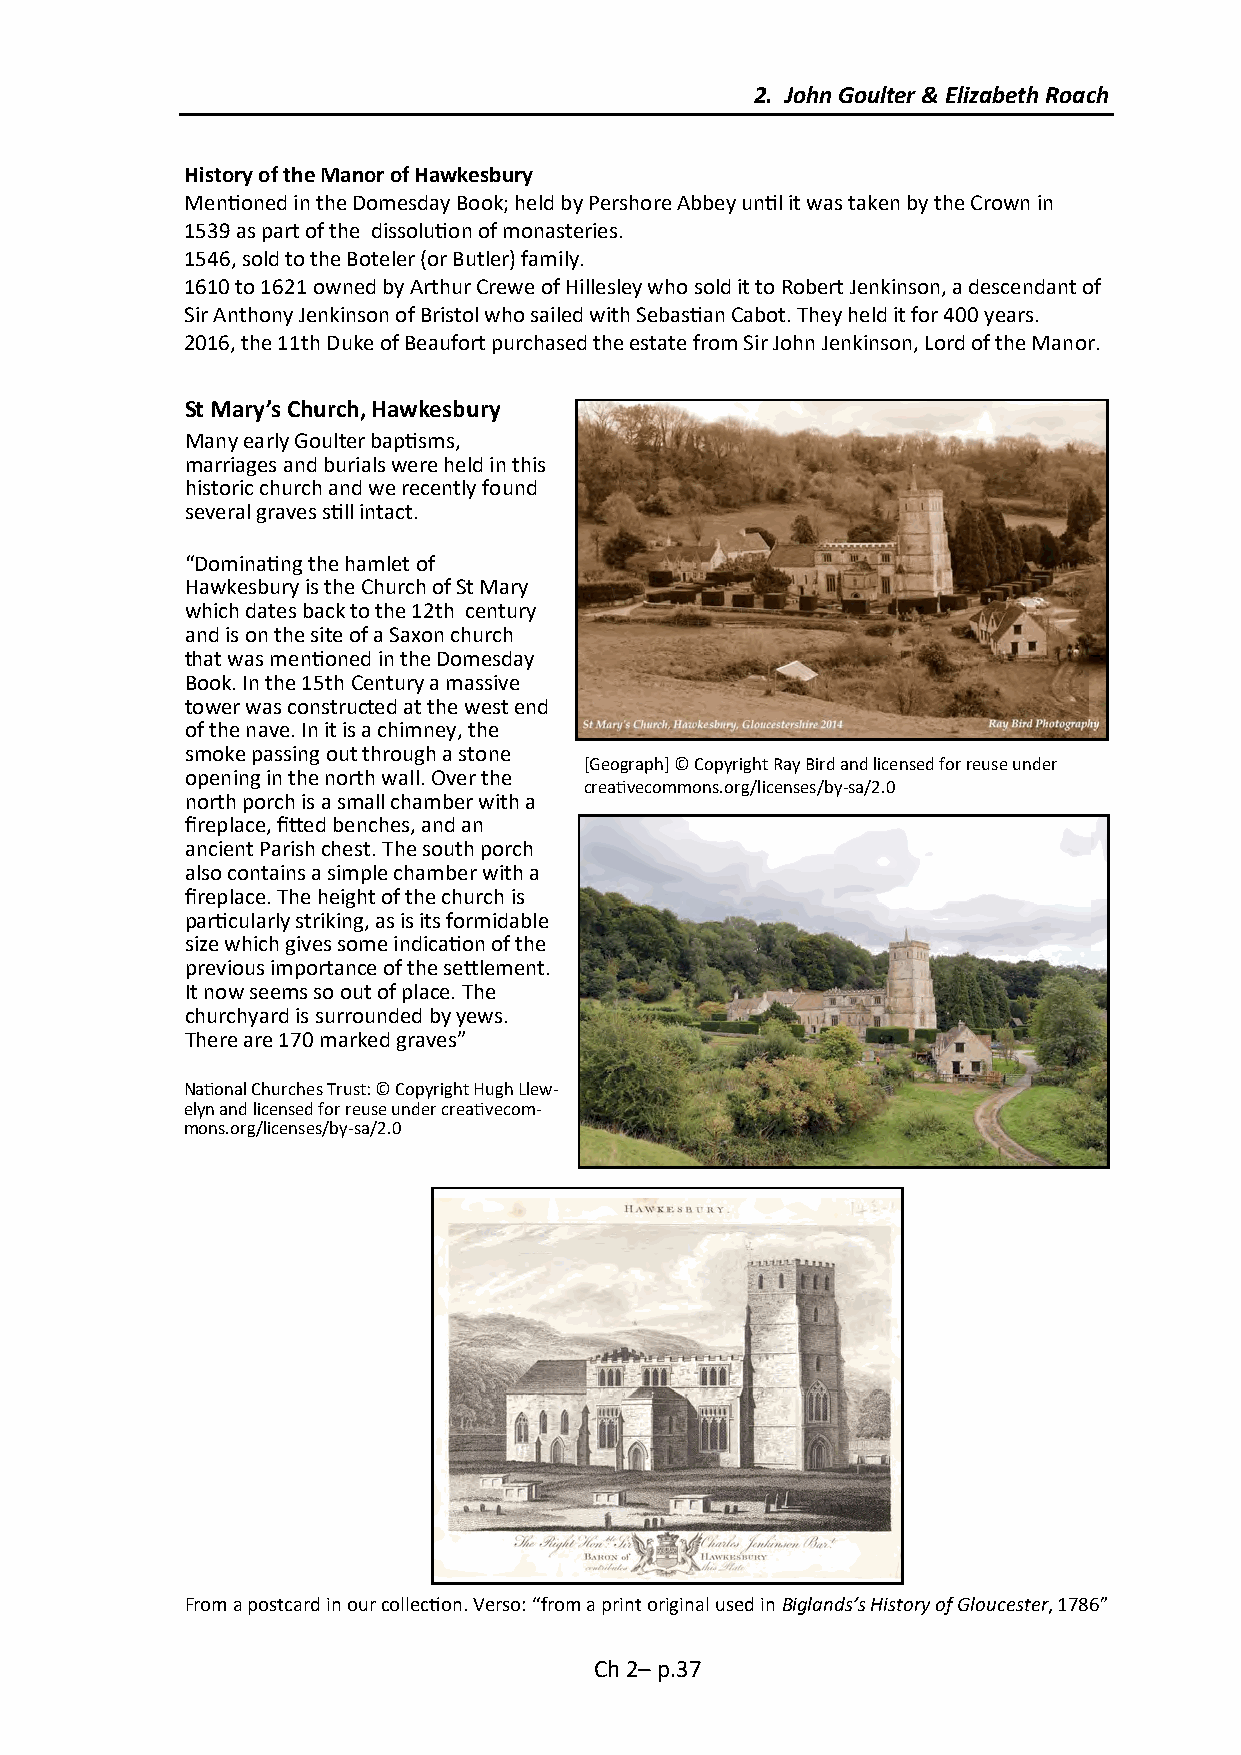
2. John Goulter & Elizabeth Roach
 History of the Manor of Hawkesbury
 Mentioned in the Domesday Book; held by Pershore Abbey until it was taken by the Crown in
 1539 as part of the dissolution of monasteries.
 1546, sold to the Boteler (or Butler) family.
 1610 to 1621 owned by Arthur Crewe of Hillesley who sold it to Robert Jenkinson, a descendant of
 Sir Anthony Jenkinson of Bristol who sailed with Sebastian Cabot. They held it for 400 years.
 2016, the 11th Duke of Beaufort purchased the estate from Sir John Jenkinson, Lord of the Manor.
 St Mary’s Church, Hawkesbury
 Many early Goulter baptisms,
 marriages and burials were held in this
 historic church and we recently found
 several graves still intact.
 “Dominating the hamlet of
 Hawkesbury is the Church of St Mary
 which dates back to the 12th century
 and is on the site of a Saxon church
 that was mentioned in the Domesday
 Book. In the 15th Century a massive
 tower was constructed at the west end
 of the nave. In it is a chimney, the
 smoke passing out through a stone
 [Geograph] © Copyright Ray Bird and licensed for reuse under
 opening in the north wall. Over the
 creativecommons.org/licenses/by-sa/2.0
 north porch is a small chamber with a
 fireplace, fitted benches, and an
 ancient Parish chest. The south porch
 also contains a simple chamber with a
 fireplace. The height of the church is
 particularly striking, as is its formidable
 size which gives some indication of the
 previous importance of the settlement.
 It now seems so out of place. The
 churchyard is surrounded by yews.
 There are 170 marked graves”
 National Churches Trust: © Copyright Hugh Llew-
 elyn and licensed for reuse under creativecom-
 mons.org/licenses/by-sa/2.0
 From a postcard in our collection. Verso: “from a print original used in Biglands’s History of Gloucester, 1786”
 Ch 2– p.37